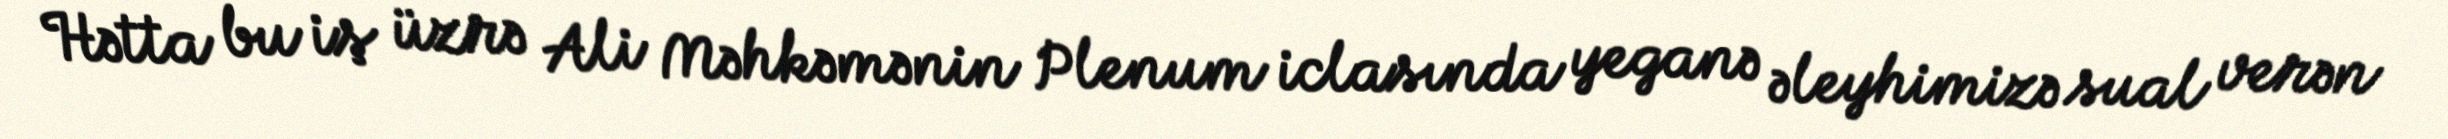
Hətta bu iş üzrə Ali Məhkəmənin Plenum iclasında yeganə əleyhimizə sual verən